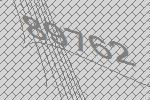
89762